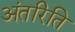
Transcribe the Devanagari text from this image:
अंतरिति